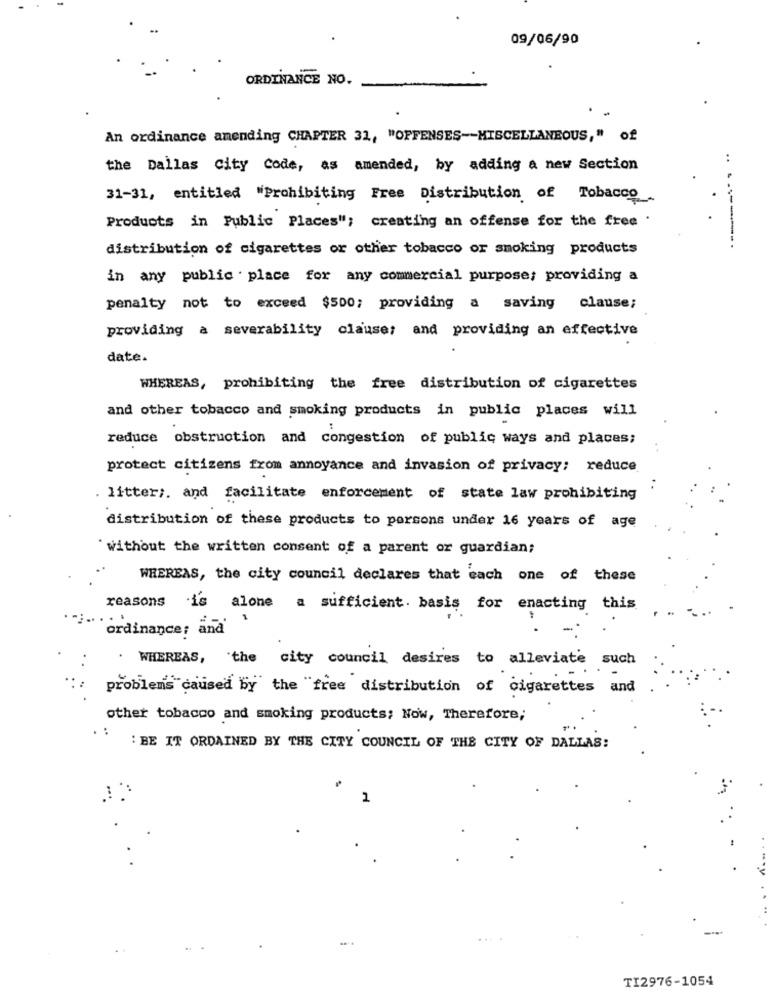
09/06/90
ORDINANCE NO.
An ordinance amending CHAPTER 31, "OFFENSES -- MISCELLANEOUS," of
..
the Dallas City Code, as amended, by adding a new Section
31-31, entitled "Prohibiting Free Distribution of Tobacco.
Products in Public Places"; creating an offense for the free .
distribution of cigarettes or other tobacco or smoking products
in any public . place for any commercial purpose; providing a
penalty not to exceed $500; providing a saving clause;
providing a severability clause; and providing an effective
date.
WHEREAS, prohibiting the free distribution of cigarettes
and other tobacco and smoking products in public places will
reduce obstruction and congestion of public ways and places;
protect citizens from annoyance and invasion of privacy; reduce
. litter ;. and facilitate enforcement of state law prohibiting
distribution of these products to porcons under 16 years of age
" without the written consent of a parent or guardian;
WHEREAS, the city council declares that each one of these
reasons
is alone
a sufficient. basis for enacting this
1
ordinance; and
-
. WHEREAS, "the city council desires to alleviate such
problems caused by the "free distribution of cigarettes and
other tobacco and smoking products; Now, Therefore;
:BE IT ORDAINED BY THE CITY COUNCIL OF THE CITY OF DALLAS:
2
TI2976-1054